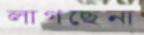
লাগছেনা